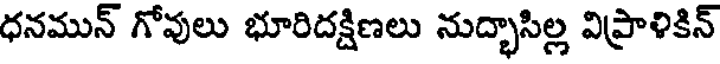
ధనమున్ గోవులు భూరిదక్షిణలు నుద్భాసిల్ల విప్రాళికిన్